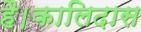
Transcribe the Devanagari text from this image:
है।कालिदास